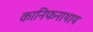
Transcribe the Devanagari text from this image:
कानिफनाथाय